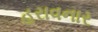
હરાવનાર